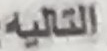
التاليه